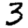
Digit: 3